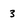
Character: 3